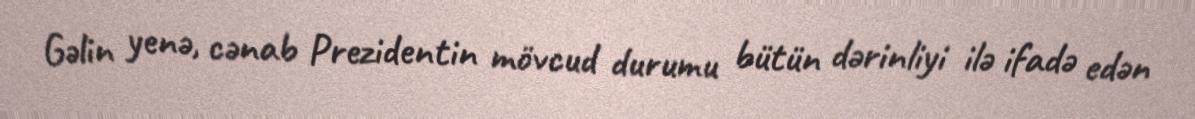
Gəlin yenə, cənab Prezidentin mövcud durumu bütün dərinliyi ilə ifadə edən